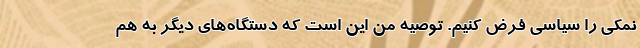
نمکی را سیاسی فرض کنیم. توصیه من این است که دستگاه‌های دیگر به هم